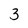
Character: 3